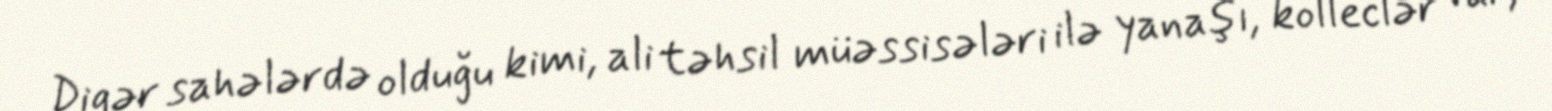
Digər sahələrdə olduğu kimi, ali təhsil müəssisələri ilə yanaşı, kolleclər var,